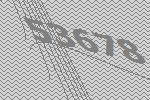
53678